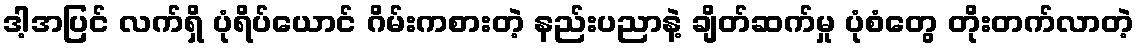
ဒါ့အပြင် လက်ရှိ ပုံရိပ်ယောင် ဂိမ်းကစားတဲ့ နည်းပညာနဲ့ ချိတ်ဆက်မှု ပုံစံတွေ တိုးတက်လာတဲ့